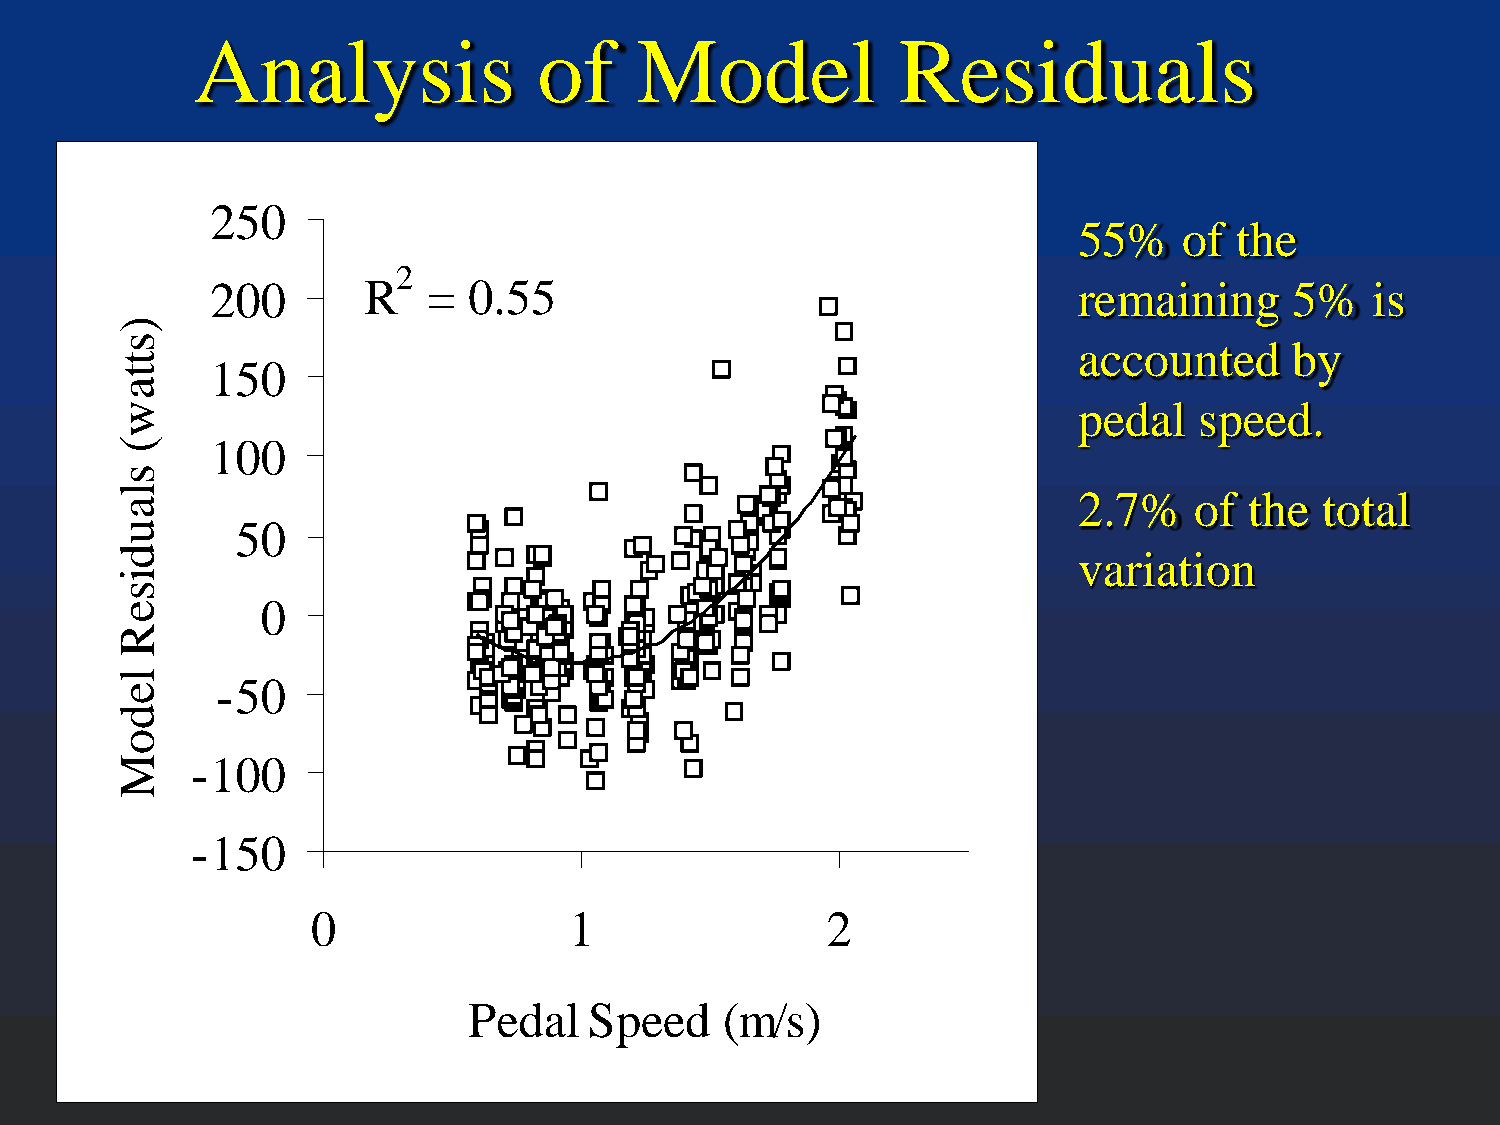
Analysis               of    Model             Residuals
 A
 250
 55%    of  the
 2
 200       R   =  0.55                                    remaining      5%   is
 accounted      by
 150
 pedal   speed.
 100
 2.7%    of  the  total
 50
 variation
 0
 -50
 -100
 -150
 0                1                2
 Pedal   Speed    (m/s)
 )sttaw(
 slaudiseR
 ledoM